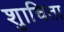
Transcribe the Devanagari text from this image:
शुाचिता